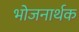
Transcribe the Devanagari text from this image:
भोजनार्थक